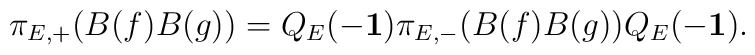
\pi_{E,+}(B(f)B(g))=Q_E(-{\bf 1})\pi_{E,-}(B(f)B(g))Q_E(-{\bf 1}).